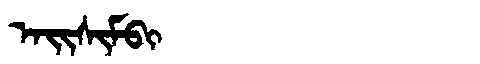
Manchu: ᠠᡳᠰᡳᠮᠪᡳ
Romanization: AISIMBI